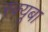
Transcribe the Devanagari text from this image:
स्क्यूबा